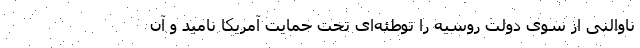
ناوالنی از سوی دولت روسیه را توطئه‌ای تحت حمایت آمریکا نامید و آن